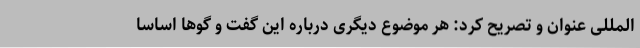
المللی عنوان و تصریح کرد: هر موضوع دیگری درباره این گفت و گوها اساسا